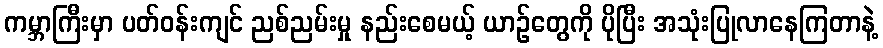
ကမ္ဘာကြီးမှာ ပတ်ဝန်းကျင် ညစ်ညမ်းမှု နည်းစေမယ့် ယာဉ်တွေကို ပိုပြီး အသုံးပြုလာနေကြတာနဲ့